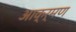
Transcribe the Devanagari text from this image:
आक्र्मण